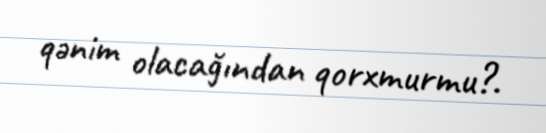
qənim olacağından qorxmurmu?.